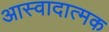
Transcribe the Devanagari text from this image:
आस्वादात्मक